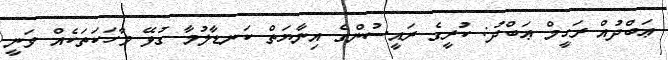
ޢަބްދުއް ރަހީމް ޢަބްދު: ކުރީގެ ރައީސުންގެ އިނާޔަތް ކަނޑާލުމާ ގުޅޭ ވާހަކަތަކެއް ވަނީ